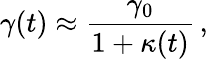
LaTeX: \gamma(t)\approx\frac{\gamma_{0}}{1+\kappa(t)}\, ,